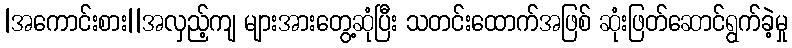
|အကောင်းစား||အလှည့်ကျ များအားတွေ့ဆုံပြီး သတင်းထောက်အဖြစ် ဆုံးဖြတ်ဆောင်ရွက်ခဲ့မှု